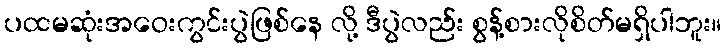
ပထမဆုံးအဝေးကွင်းပွဲဖြစ်နေ လို့ ဒီပွဲလည်း စွန့်စားလိုစိတ်မရှိပါဘူး။